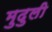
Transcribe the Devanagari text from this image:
मुदुली